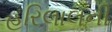
હરિલાલની